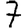
Digit: 7